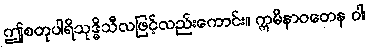
ဤစတုပါရိသုဒ္ဓိသီလဖြင့်လည်းကောင်း။ ဣမိနာဝတေန ဝါ၊